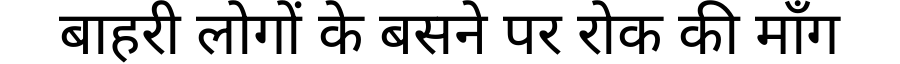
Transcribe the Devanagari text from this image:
बाहरी लोगों के बसने पर रोक की माँग